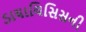
ડાયાલિસિસની